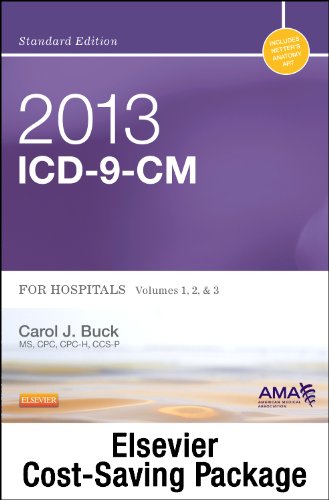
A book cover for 2013 ICD-9-CM for Hospitals, Volumes 1, 2 & 3 Standard Edition with 2013 HCPCS Level II Standard and CPT 2013 Standard Edition Package, 1e; Carol J. Buck MS  CPC  CCS-P; Medical Books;